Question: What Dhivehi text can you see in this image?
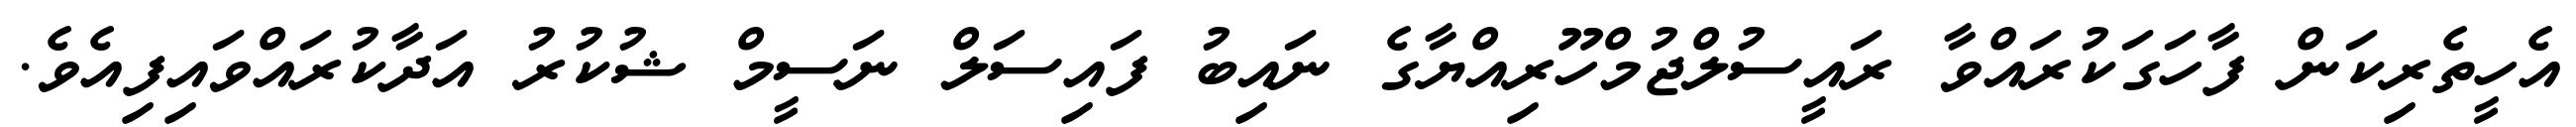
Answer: އެހީތެރިކަން ފާހަގަކުރައްވާ ރައީސުލްޖުމްހޫރިއްޔާގެ ނައިބު ފައިސަލް ނަސީމް ޝުކުރު އަދާކުރައްވައިފިއެވެ.